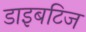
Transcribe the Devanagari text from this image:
डाइबटिज